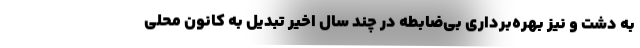
به دشت و نیز بهره‌برداری بی‌ضابطه در چند سال اخیر تبدیل به کانون محلی